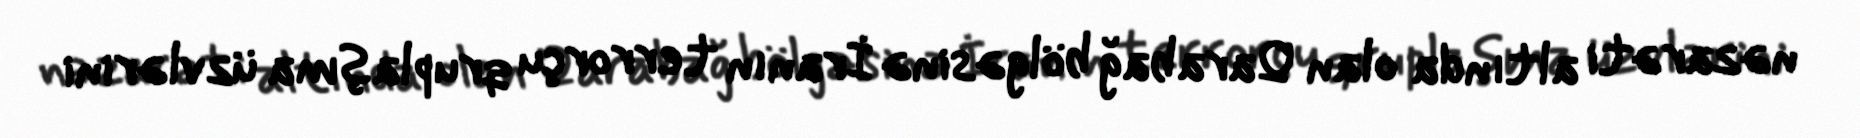
nəzarəti altında olan Qarabağ bölgəsinə İranın terrorçu qruplaşma üzvlərini